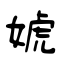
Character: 婋